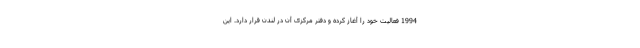
1994 فعالیت خود را آغاز کرده و دفتر مرکزی آن در لندن قرار دارد. این